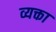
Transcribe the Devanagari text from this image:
व्यक्ता